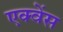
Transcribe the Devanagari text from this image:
एक्वेंस